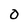
Character: 0